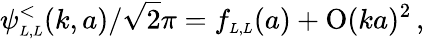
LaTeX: \psi_{\scriptscriptstyle{L,L}}^{<}(k,a)/\sqrt 2\pi=f_{\scriptscriptstyle{L,L}}(a)+\mathrm{O}(ka)^{2}\, ,